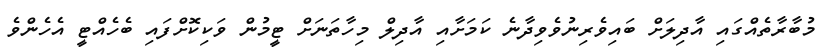
މުބާރާތެއްގައި އާދިލަށް ބައިވެރިނުވެވިދާނެ ކަމަށާއި އާދިލް މިހާތަނަށް ޓީމުން ވަކިކޮށްފައި ބެހެއްޓީ އެހެންވެ